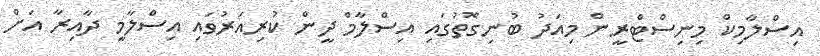
އިސްލާމިކް މިނިސްޓްރީން މިއަދު ބުނިގޮތުގައި އިސްލާމް ދީން ކުރިއަރުވައި އިސްލާމީ ދާއިރާ އަށް